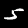
Digit: 5